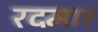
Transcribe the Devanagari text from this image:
रदमार